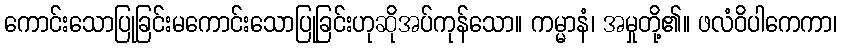
ကောင်းသောပြုခြင်းမကောင်းသောပြုခြင်းဟုဆိုအပ်ကုန်သော။ ကမ္မာနံ၊ အမှုတို့၏။ ဖလံဝိပါကေကာ၊